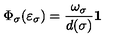
\Phi _ { \sigma } ( \varepsilon _ { \sigma } ) = \frac { \omega _ { \sigma } } { d ( \sigma ) } { \bf 1 }